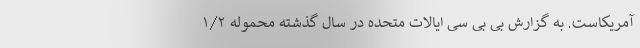
آمریکاست. به گزارش بی بی سی ایالات متحده در سال گذشته محمولهٔ ۱/۲